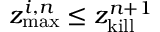
z _ { \mathrm { m a x } } ^ { i , n } \leq z _ { \mathrm { k i l l } } ^ { n + 1 }